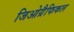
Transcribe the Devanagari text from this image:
जिओग्रैफिकल